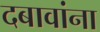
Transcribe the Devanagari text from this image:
दबावांना